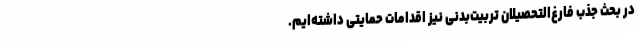
در بحث جذب فارغ‌التحصیلان تربیت‌بدنی نیز اقدامات حمایتی داشته‌ایم.